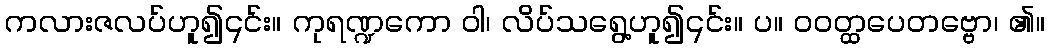
ကလားဇလပ်ဟူ၍၎င်း။ ကုရဏ္ဍကော ဝါ၊ လိပ်သရွေ့ဟူ၍၎င်း။ ပ။ ဝဝတ္ထပေတဗ္ဗော၊ ၏။